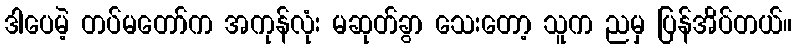
ဒါပေမဲ့ တပ်မတော်က အကုန်လုံး မဆုတ်ခွာ သေးတော့ သူက ညမှ ပြန်အိပ်တယ်။